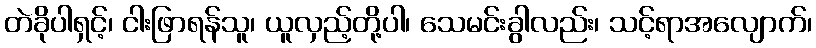
တဲခိုပါရှင့်၊ ငါးဖြာရန်သူ၊ ယူလှည့်တို့ပါ၊ သေမင်းခွါလည်း၊ သင့်ရာအလျောက်၊